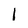
Character: 1